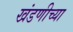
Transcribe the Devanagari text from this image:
खंडणीच्या